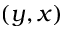
( y , x )